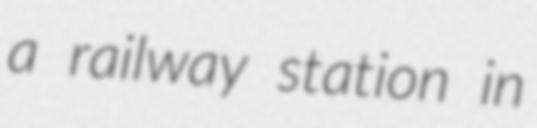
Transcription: a railway station in